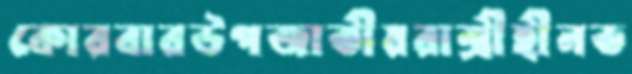
কোরবারউপজাতীয়রাশ্রীহীনত